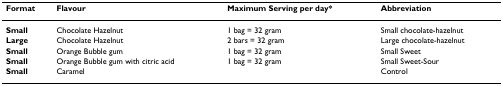
<table><thead><tr><td><b>Format</b></td><td><b>Flavour</b></td><td><b>Maximum Serving per day*</b></td><td><b>Abbreviation</b></td></tr></thead><tbody><tr><td><b>Small</b></td><td>Chocolate Hazelnut</td><td>1 bag = 32 gram</td><td>Small chocolate-hazelnut</td></tr><tr><td><b>Large</b></td><td>Chocolate Hazelnut</td><td>2 bars = 32 gram</td><td>Large chocolate-hazelnut</td></tr><tr><td><b>Small</b></td><td>Orange Bubble gum</td><td>1 bag = 32 gram</td><td>Small Sweet</td></tr><tr><td><b>Small</b></td><td>Orange Bubble gum with citric acid</td><td>1 bag = 32 gram</td><td>Small Sweet-Sour</td></tr><tr><td><b>Small</b></td><td>Caramel</td><td></td><td>Control</td></tr></tbody></table>